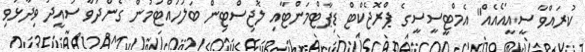
ކުރައްވާ ސީއީއޯއެއް" އެމްޓީސީސީގެ ޕްރޮޖެކްޓް ޑިޕާޓްމަންޓާއި ލޮޖިސްޓިން ބަލަހައްޓަމުން ގެންދަވާ ސައީދު ވިދާޅުވި